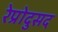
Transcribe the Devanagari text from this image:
रेप्रोदुसद